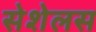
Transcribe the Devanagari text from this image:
सेशेलस